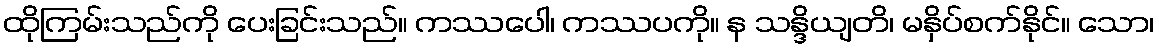
ထိုကြမ်းသည်ကို ပေးခြင်းသည်။ ကဿပေါ၊ ကဿပကို။ န သန္ဒိယျတိ၊ မနှိပ်စက်နိုင်။ သော၊